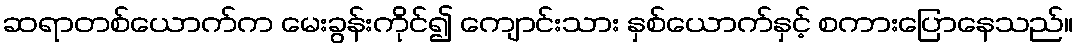
ဆရာတစ်ယောက်က မေးခွန်းကိုင်၍ ကျောင်းသား နှစ်ယောက်နှင့် စကားပြောနေသည်။